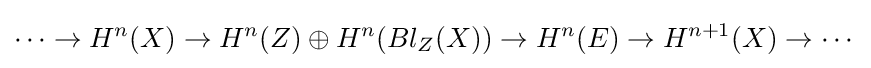
\cdots \to H^{n}(X)\to H^{n}(Z)\oplus H^{n}(Bl_{Z}(X))\to H^{n}(E)\to H^{n+1}(X)\to \cdots